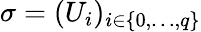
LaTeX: \sigma=(U_{i})_{i\in\{ 0,\ldots,q\} }